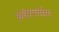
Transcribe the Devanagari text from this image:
लेबेटालोल